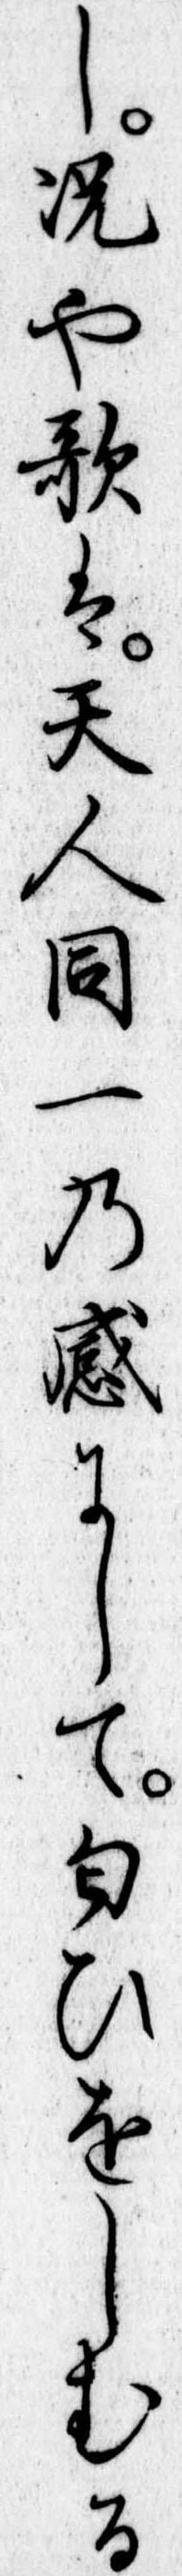
し況や歌は天人同一の感にして匂ひをしむる